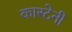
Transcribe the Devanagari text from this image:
कास्टेनी